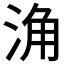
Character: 𱦨